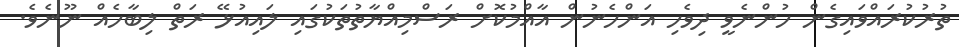
ތުރުކުރައްވައިގެން ހުންނެވީ ދިވެހި އަންހެނުން އާއްމުކޮށް ރަސްމިއްޔާތުތަކުގައި ލައިއުޅޭ ރަތް ލިބާހެއް ނޫނެވެ.